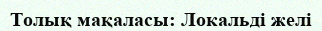
Толық мақаласы: Локальді желі